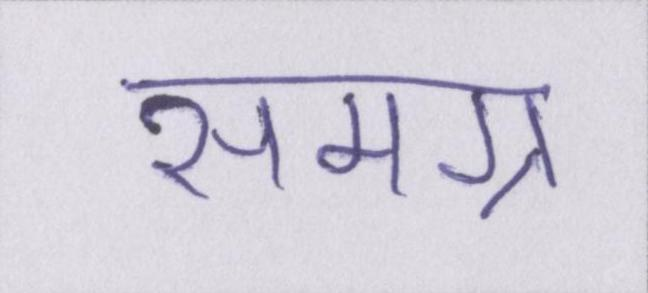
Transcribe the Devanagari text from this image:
समग्र